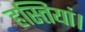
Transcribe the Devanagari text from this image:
हस्तियां।